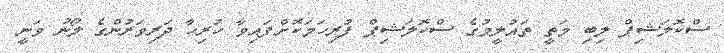
ސްކޮލަޝިޕް ލިބި މަތީ ތައުލީމުގެ ސްކޮލަޝިޕް ފުރިހަމަކޮށްފައިވާ ހުރިހާ ދަރިވަރުންގެ ލޯނު ވަނީ